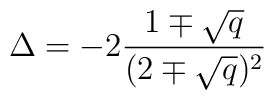
\Delta = -2 { 1 \mp \sqrt{q} \over (2 \mp \sqrt{q})^2 }